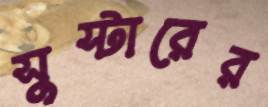
সুস্টারের